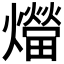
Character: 𤑝